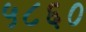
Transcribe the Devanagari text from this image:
५८६०